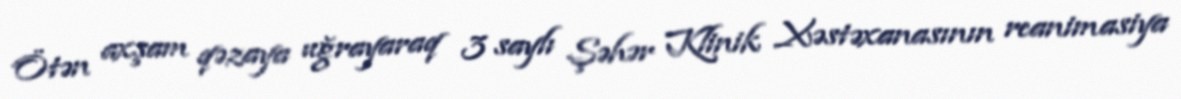
Ötən axşam qəzaya uğrayaraq 3 saylı Şəhər Klinik Xəstəxanasının reanimasiya